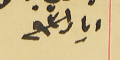
ايار سنة ٩٣١